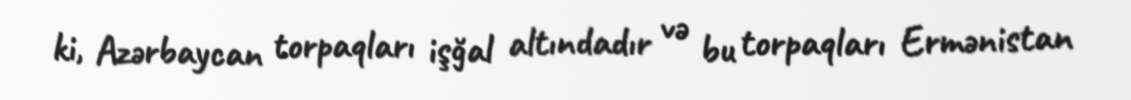
ki, Azərbaycan torpaqları işğal altındadır və bu torpaqları Ermənistan